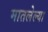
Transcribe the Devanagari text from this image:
मातलेल्या